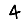
Digit: 4